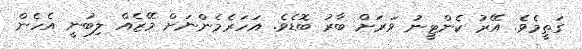
ގަތީމެވެ. އޭރު ކެންޓީނު ވަރަށް ބާރު ބޮޑެވެ. އަހަރެމެންނަށް މޭޒެއް ލިބުނީ އެހެން